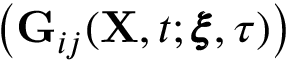
\big ( \mathbf { G } _ { i j } ( \mathbf { X } , t ; \pmb { \xi } , \tau ) \big )